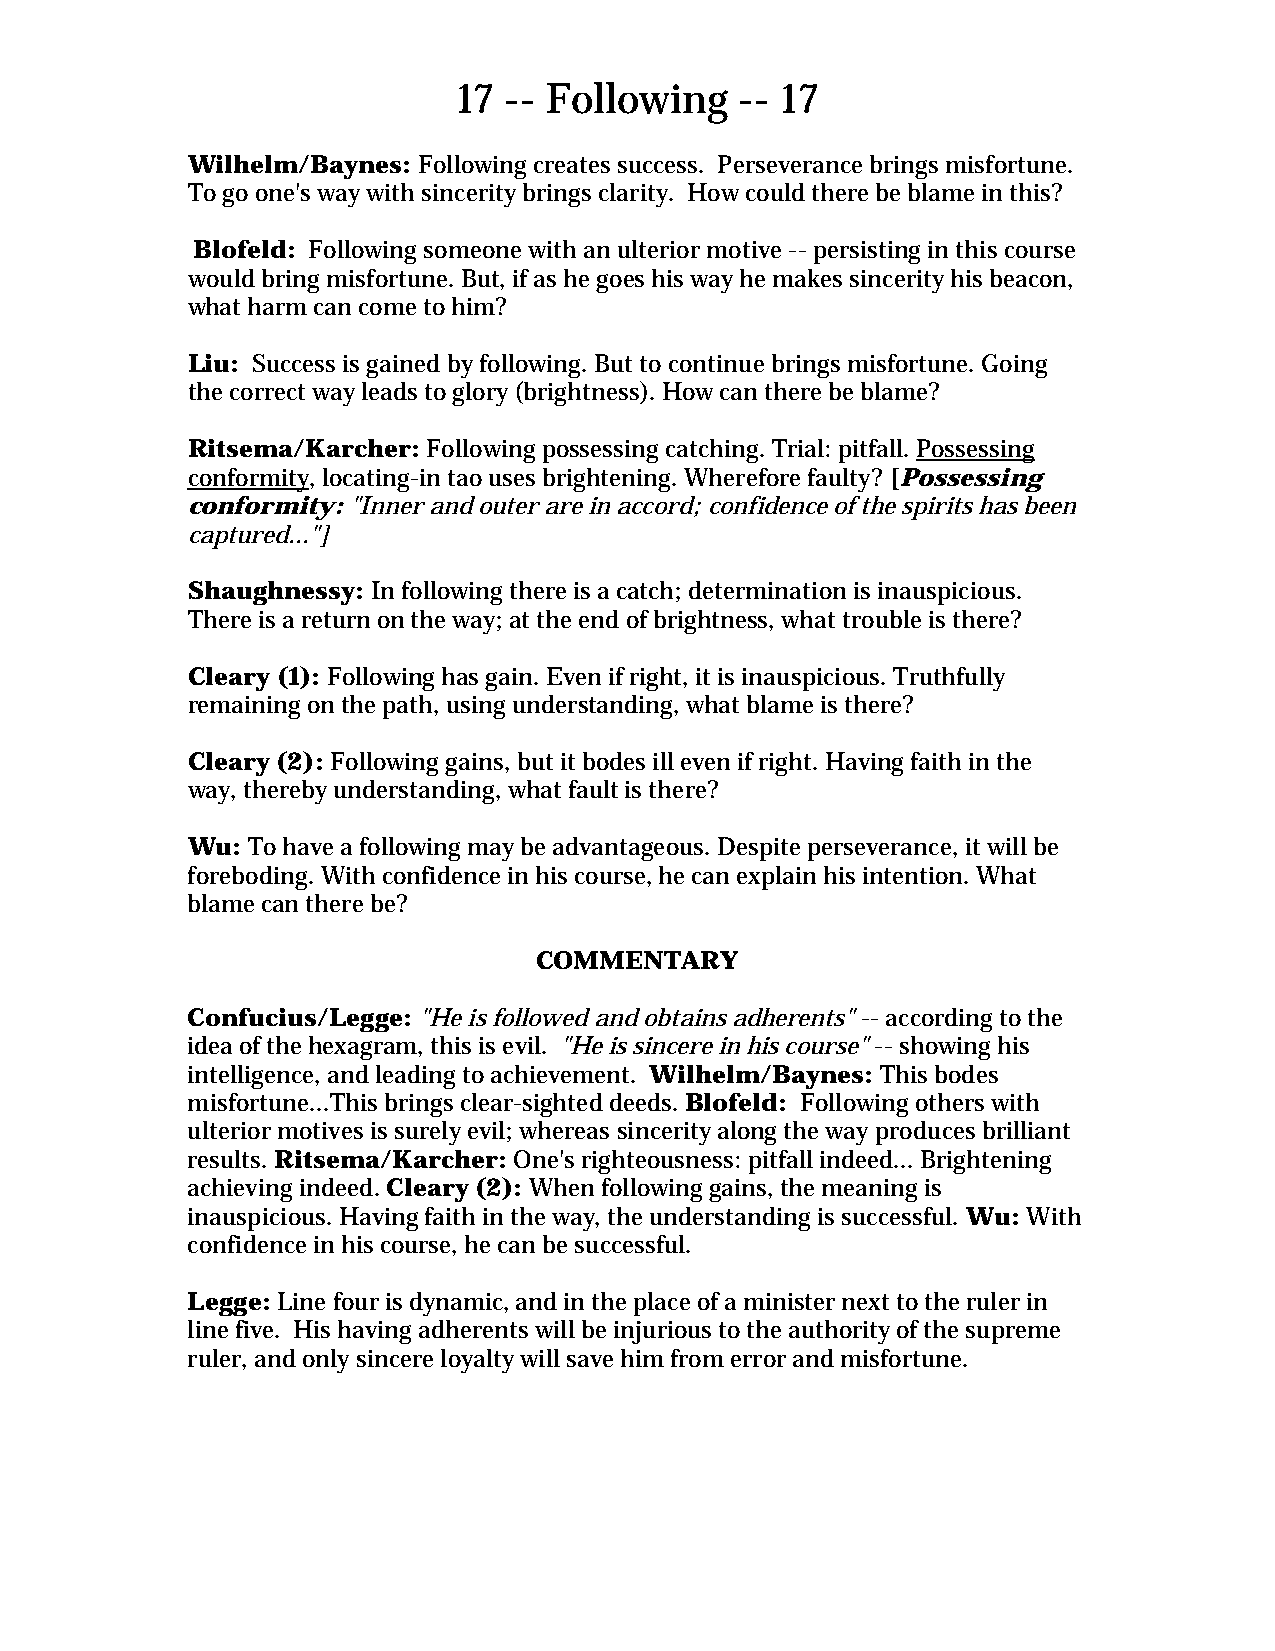
17 -- Following    -- 17
 Wilhelm/Baynes: Following creates success. Perseverance brings misfortune.
 To go one's way with sincerity brings clarity. How could there be blame in this?
 Blofeld: Following someone with an ulterior motive -- persisting in this course
 would bring misfortune. But, if as he goes his way he makes sincerity his beacon,
 what harm can come to him?
 Liu: Success is gained by following. But to continue brings misfortune. Going
 the correct way leads to glory (brightness). How can there be blame?
 Ritsema/Karcher: Following possessing catching. Trial: pitfall. Possessing
 conformity, locating-in tao uses brightening. Wherefore faulty? [Possessing
 conformity: "Inner and outer are in accord; confidence of the spirits has been
 captured..."]
 Shaughnessy: In following there is a catch; determination is inauspicious.
 There is a return on the way; at the end of brightness, what trouble is there?
 Cleary (1): Following has gain. Even if right, it is inauspicious. Truthfully
 remaining on the path, using understanding, what blame is there?
 Cleary (2): Following gains, but it bodes ill even if right. Having faith in the
 way, thereby understanding, what fault is there?
 Wu: To have a following may be advantageous. Despite perseverance, it will be
 foreboding. With confidence in his course, he can explain his intention. What
 blame can there be?
 COMMENTARY
 Confucius/Legge: "He is followed and obtains adherents" -- according to the
 idea of the hexagram, this is evil. "He is sincere in his course" -- showing his
 intelligence, and leading to achievement. Wilhelm/Baynes: This bodes
 misfortune...This brings clear-sighted deeds. Blofeld: Following others with
 ulterior motives is surely evil; whereas sincerity along the way produces brilliant
 results. Ritsema/Karcher: One's righteousness: pitfall indeed... Brightening
 achieving indeed. Cleary (2): When following gains, the meaning is
 inauspicious. Having faith in the way, the understanding is successful. Wu: With
 confidence in his course, he can be successful.
 Legge: Line four is dynamic, and in the place of a minister next to the ruler in
 line five. His having adherents will be injurious to the authority of the supreme
 ruler, and only sincere loyalty will save him from error and misfortune.